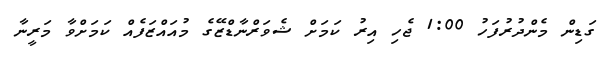
ގަޑިން މެންދުރުފަހު 1:00 ޖެހި އިރު ކަމަށް ޝެވަރްނާޑްޒޭގެ މުއައްޒަފެއް ކަމަށްވާ މަރީނާ